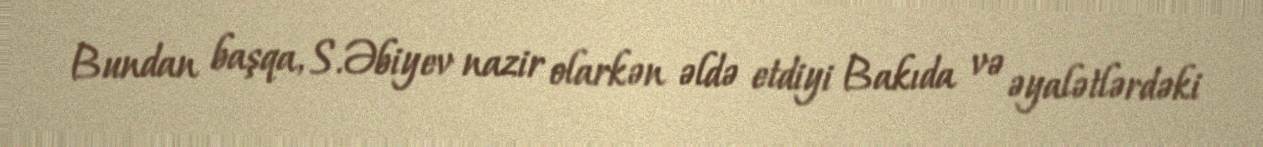
Bundan başqa, S.Əbiyev nazir olarkən əldə etdiyi Bakıda və əyalətlərdəki